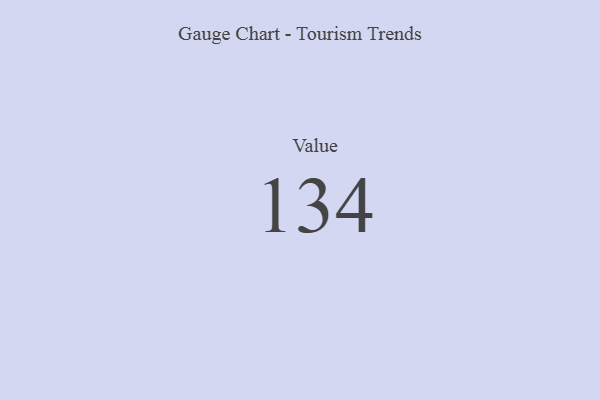
{"axis": {"x": "Metric", "y": "Value"}, "legend": [""], "data": [{"x": "Value", "y": 134, "type": ""}]}